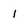
Character: 1